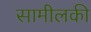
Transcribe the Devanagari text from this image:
सामीलकी